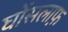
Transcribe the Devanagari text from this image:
घोंसलाफ़